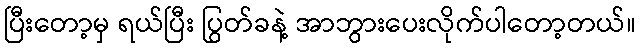
ပြီးတော့မှ ရယ်ပြီး ပြွတ်ခနဲ့ အာဘွားပေးလိုက်ပါတော့တယ်။